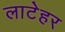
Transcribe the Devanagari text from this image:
लाटेहर